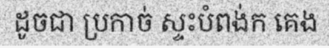
ដូចជា ប្រកាច់ ស្ទះបំពង់ក គេង